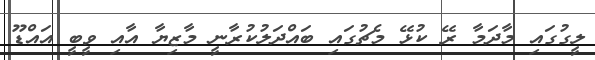
ލީގުގައި މާދަމާ ރޭ ކުޅޭ މެޗުގައި ބައްދަލުކުރާނީ މާޒިޔާ އާއި ވީބީ އައްޑޫ